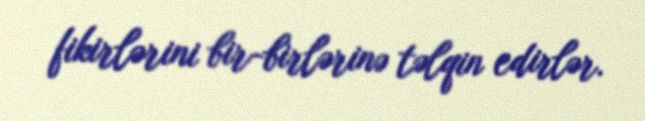
fikirlərini bir-birlərinə təlqin edirlər.